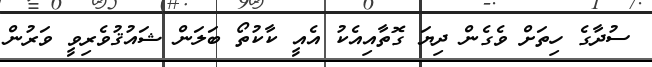
ސުދާގެ ހިތަށް ވެގެން ދިޔަ ގޮތާއިއެކު އެއީ ކާކުތޯ ބަަލަން ޝައުޤުވެރިވީ ވަރުން